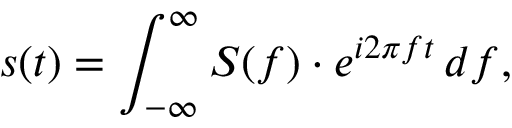
s ( t ) = \int _ { - \infty } ^ { \infty } S ( f ) \cdot e ^ { i 2 \pi f t } \, d f ,